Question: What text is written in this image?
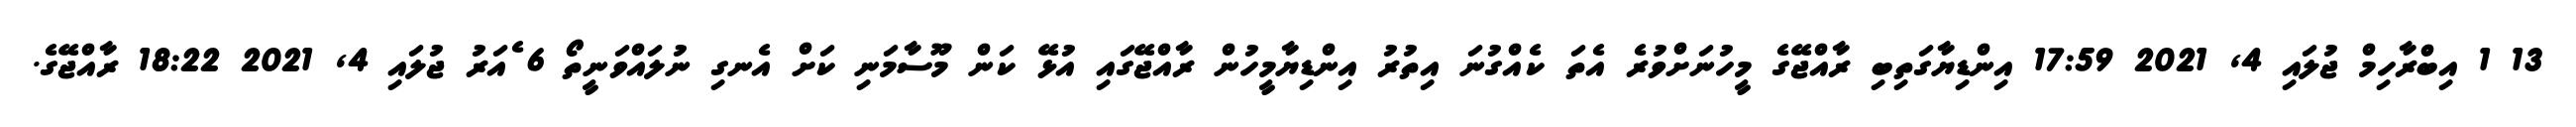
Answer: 13 1 އިބްރާހިމް ޖުލައި 4, 2021 17:59 އިންޑިޔާގަތިބި ރާއްޖޭގެ މީހުނަށްވުރެ އެތަ ކެއްގުނަ އިތުރު އިންޑިޔާމީހުން ރާއްޖޭގައި އުޅޭ ކަން މޫސާމަނި ކަށް އެނގި ނުލައްވަނީތޯ 6 ެއަރު ޖުލައި 4, 2021 18:22 ރާއްޖޭގެ.